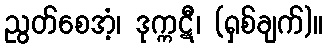
ညွတ်စေအံ့၊ ဒုက္ကဋီ၊ (ရှစ်ချက်)။